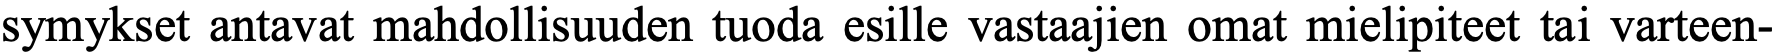
symykset antavat mahdollisuuden tuoda esille vastaajien omat mielipiteet tai varteen-